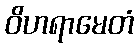
ဝိဟရာမေတံ